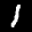
Label: 1